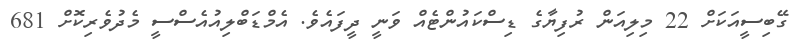
ގޭބިސީއަކަށް 22 މިލިއަން ރުފިޔާގެ ޑިސްކައުންޓެއް ވަނީ ދީފައެވެ. އެމްޑަބްލިއުއެސްސީ މެދުވެރިކޮށް 681